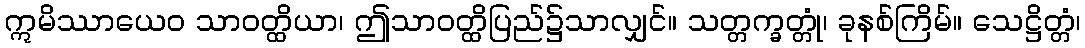
ဣမိဿာယေဝ သာဝတ္ထိယာ၊ ဤသာဝတ္ထိပြည်၌သာလျှင်။ သတ္တက္ခတ္တုံ၊ ခုနစ်ကြိမ်။ သေဋ္ဌိတ္တံ၊